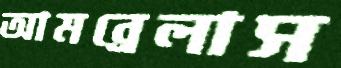
আমব্রেলাস